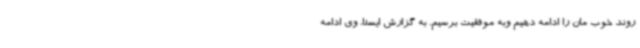
روند خوب مان را ادامه دهیم وبه موفقیت برسیم. به گزارش ایسنا، وی ادامه